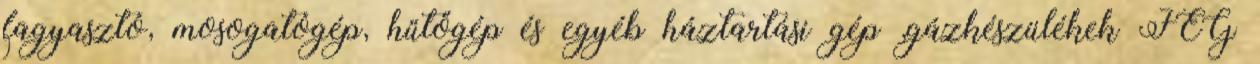
fagyasztó, mosogatógép, hűtőgép és egyéb háztartási gép ,gázkészülékek FÉG